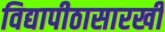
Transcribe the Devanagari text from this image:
विद्यापीठासारखी